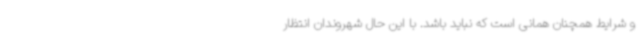
و شرایط همچنان همانی است که نباید باشد. با این حال شهروندان انتظار